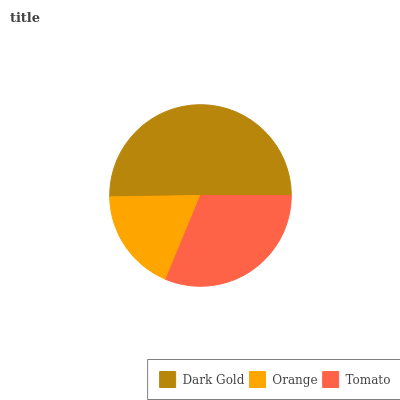
| Dark Gold | Orange | Tomato |
 | --- | --- | --- |
 | 50.3% | 18.5% | 31.2% |